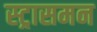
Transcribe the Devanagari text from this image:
स्ट्रासमन